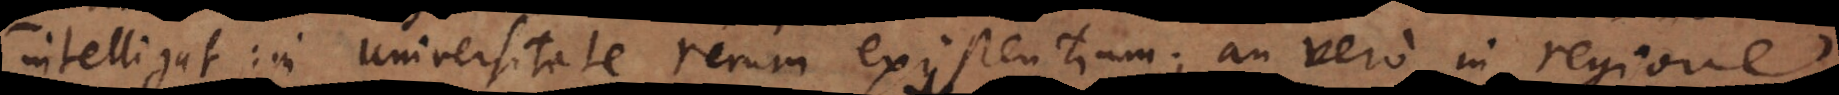
intelligat: in universitate rerum existentium; an vero in regione